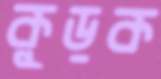
কুড়ক